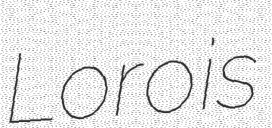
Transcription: Loro is